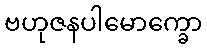
ဗဟုဇနပါမောက္ခော